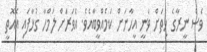
ވެސް ނީރާގެ ހިތަށް ވަނީ އީހާނަށް ކަމެއްވީބާއެވެ. އެވަރަށް ލަމްހާ ގުޅާފައި އެއޮތީ